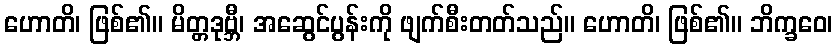
ဟောတိ၊ ဖြစ်၏။ မိတ္တဒုဗ္ဘီ၊ အဆွေင်ပွန်းကို ဖျက်စီးတတ်သည်။ ဟောတိ၊ ဖြစ်၏။ ဘိက္ခဝေ၊